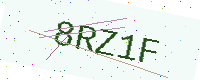
Text: 8RZ1F